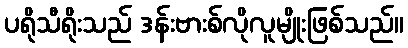
ပရိုသီရိုးသည် ဒန်းဗားစ်လိုလူမျိုးဖြစ်သည်။